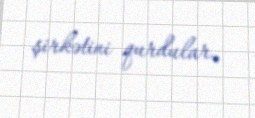
şirkətini qurdular.